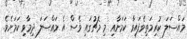
މައްސަލަ ކުރިމަތިވެފައިވާ ކަމަށާއި މި މެޗުގައި ވެސް އެ މައްސަލަ ދިމާވި ކަމަށެވެ.